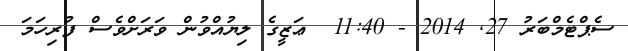
ސެޕްޓެމްބަރު 27